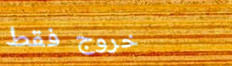
خروج فقط